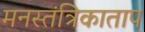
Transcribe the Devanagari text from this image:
मनस्तंत्रिकाताप